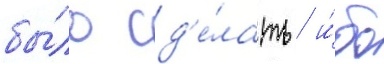
бы́ло сд'е́лать / и́бо